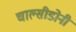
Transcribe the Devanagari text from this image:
चाल्सीडोनी